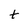
Character: t